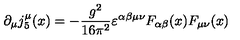
\partial _ { \mu } j _ { 5 } ^ { \mu } ( x ) = - \frac { g ^ { 2 } } { 1 6 \pi ^ { 2 } } \varepsilon ^ { \alpha \beta \mu \nu } F _ { \alpha \beta } ( x ) F _ { \mu \nu } ( x )